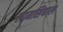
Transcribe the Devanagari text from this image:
लामसियाल